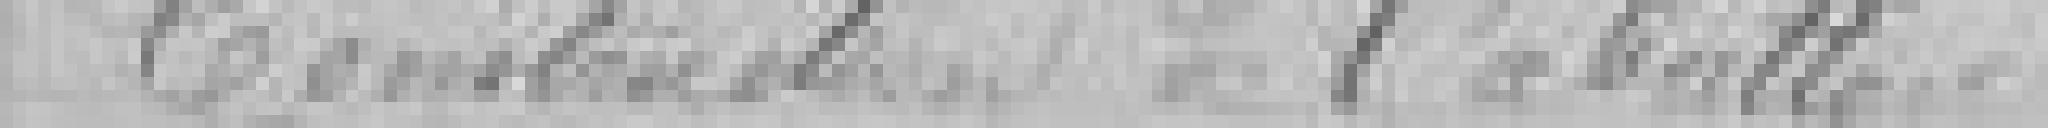
Construction de l'abattoir